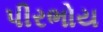
પીરભોય